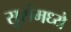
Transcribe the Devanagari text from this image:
सुरांमध्ये